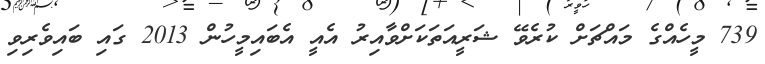
739 މީހެއްގެ މައްޗަށް ކުރެވޭ ޝަރީއަތަކަށްވާއިރު އެއީ އެބައިމީހުން 2013 ގައި ބައިވެރިވި